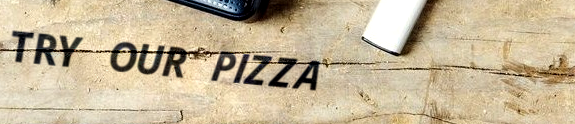
TRY OUR PIZZA